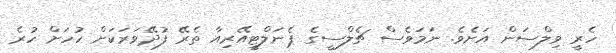
ހެރީ ވިލްސަން އަށެވެ. ނަމަވެސް ޗެލްސީގެ ޕެނަލްޓީއޭރިއާ ތެރޭ ފުދޭވަރަކަށް ހުހަށް ހުރެ